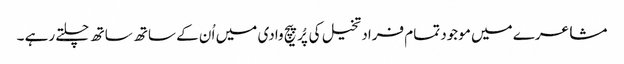
مشاعرے میں موجود تمام فراد تخیل کی پُرپیچ وادی میں اُ ن کے ساتھ ساتھ چلتے رہے ۔